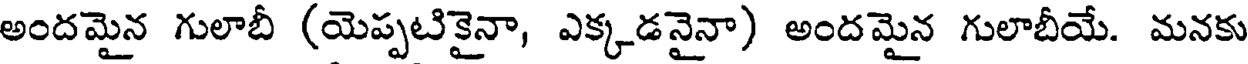
అందమైన గులాబీ (యెప్పటికైనా, ఎక్కడనైనా) అందమైన గులాబీయే. మనకు